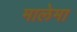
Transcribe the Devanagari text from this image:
मालेमा